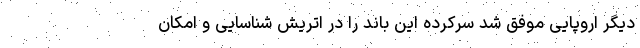
دیگر اروپایی موفق شد سرکرده این باند را در اتریش شناسایی و امکان